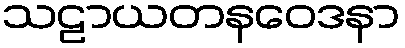
သဠာယတနဝေဒနာ